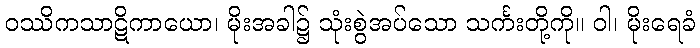
ဝဿိကသာဋိကာယော၊ မိုးအခါ၌ သုံးစွဲအပ်သော သင်္ကးတို့ကို။ ဝါ၊ မိုးရေခံ